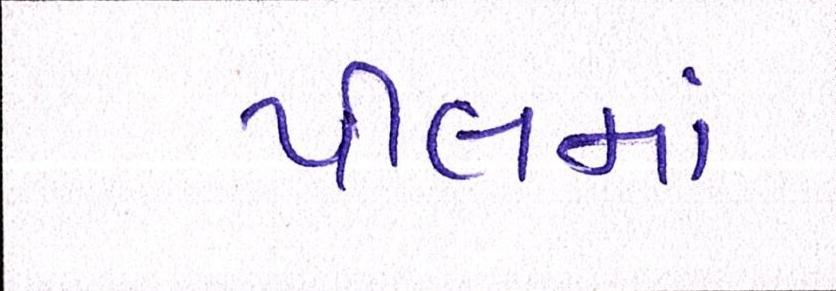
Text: પીલમાં